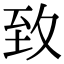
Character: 𦤶